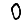
Digit: 0